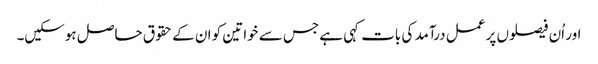
اور اُن فیصلوں پر عمل درآمد کی بات کہی ہے جس سے خواتین کو ان کے حقوق حاصل ہوسکیں۔